Leaving Certificate Examination, 1918
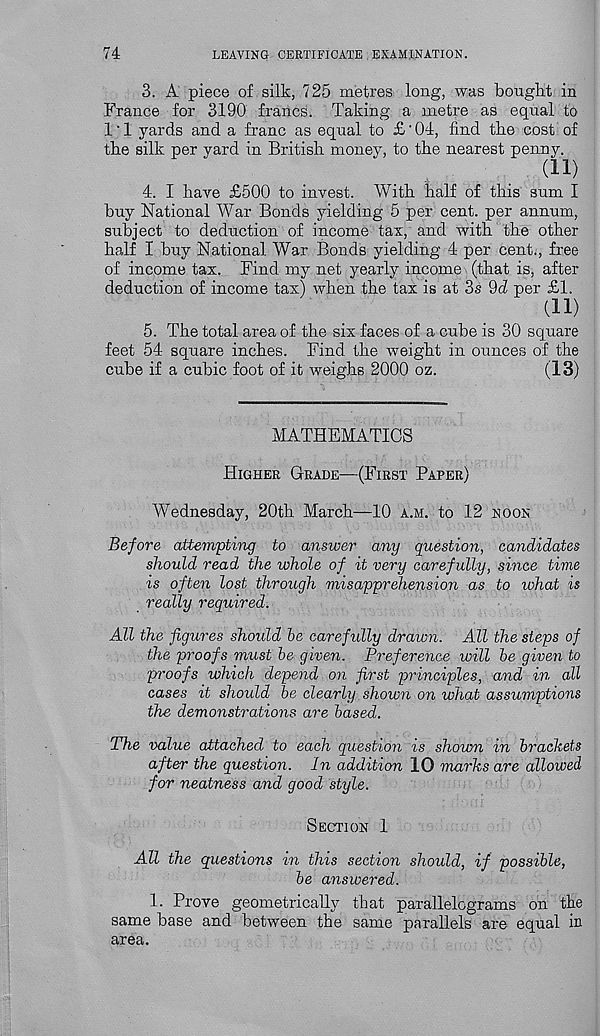
74
LEAVING CERTIFICATE EXAMINATION.
3. A piece of silk, 725 metres long, was bought in
France for 3190 francs. Taking a metre as equal to
1'1 yards and a franc as equal to £' 04, find the cost of
the silk per yard in British money, to the nearest penny.
(11)
4. I have £500 to invest. With half of this sum I
buy National War Bonds yielding 5 per cent, per annum,
subject to deduction of income tax, and with the other
half I buy National War Bonds yielding 4 per cent., free
of income tax. Find my net yearly income (that is, after
deduction of income tax) when the tax is at 3s 9d per £1.
(11)
5. The total area of the six faces of a cube is 30 square
feet 54 square inches. Find the weight in ounces of the
cube if a cubic foot of it weighs 2000 oz.
(13)
MATHEMATICS
Higher Grade—(First Paper)
Wednesday, 20th March—10 a.m. to 12 noon
Before attempting to answer any question, candidates
should read the whole of it very carefully, since time
is often lost through misapprehension as to what is
really required.
All the figures shoidd be carefully drawn. All the steps of
the proofs must be given. Preference will be given to
proofs which depend on first principles, and in all
cases it should be clearly shown on what assumptions
the demonstrations are based.
The value attached to each question is shown in brackets
after the question. In addition 10 marks are allowed
for neatness and good style.
Section 1
All the questions in this section should, if possible,
be answered.
1. Prove geometrically that parallelograms on the
same base and between the same parallels are equal in
area.